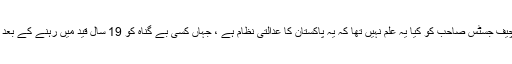
لیکن ہمارے اعلی عدلیہ کے چیف جسٹس صاحب کو کیا یہ علم نہیں تھا کہ یہ پاکستان کا عدالتی نظام ہے ، جہاں کسی بے گناہ کو 19 سال قید میں رہنے کے بعد با عزت بری کردیا جاتا ہے ۔